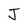
Character: J